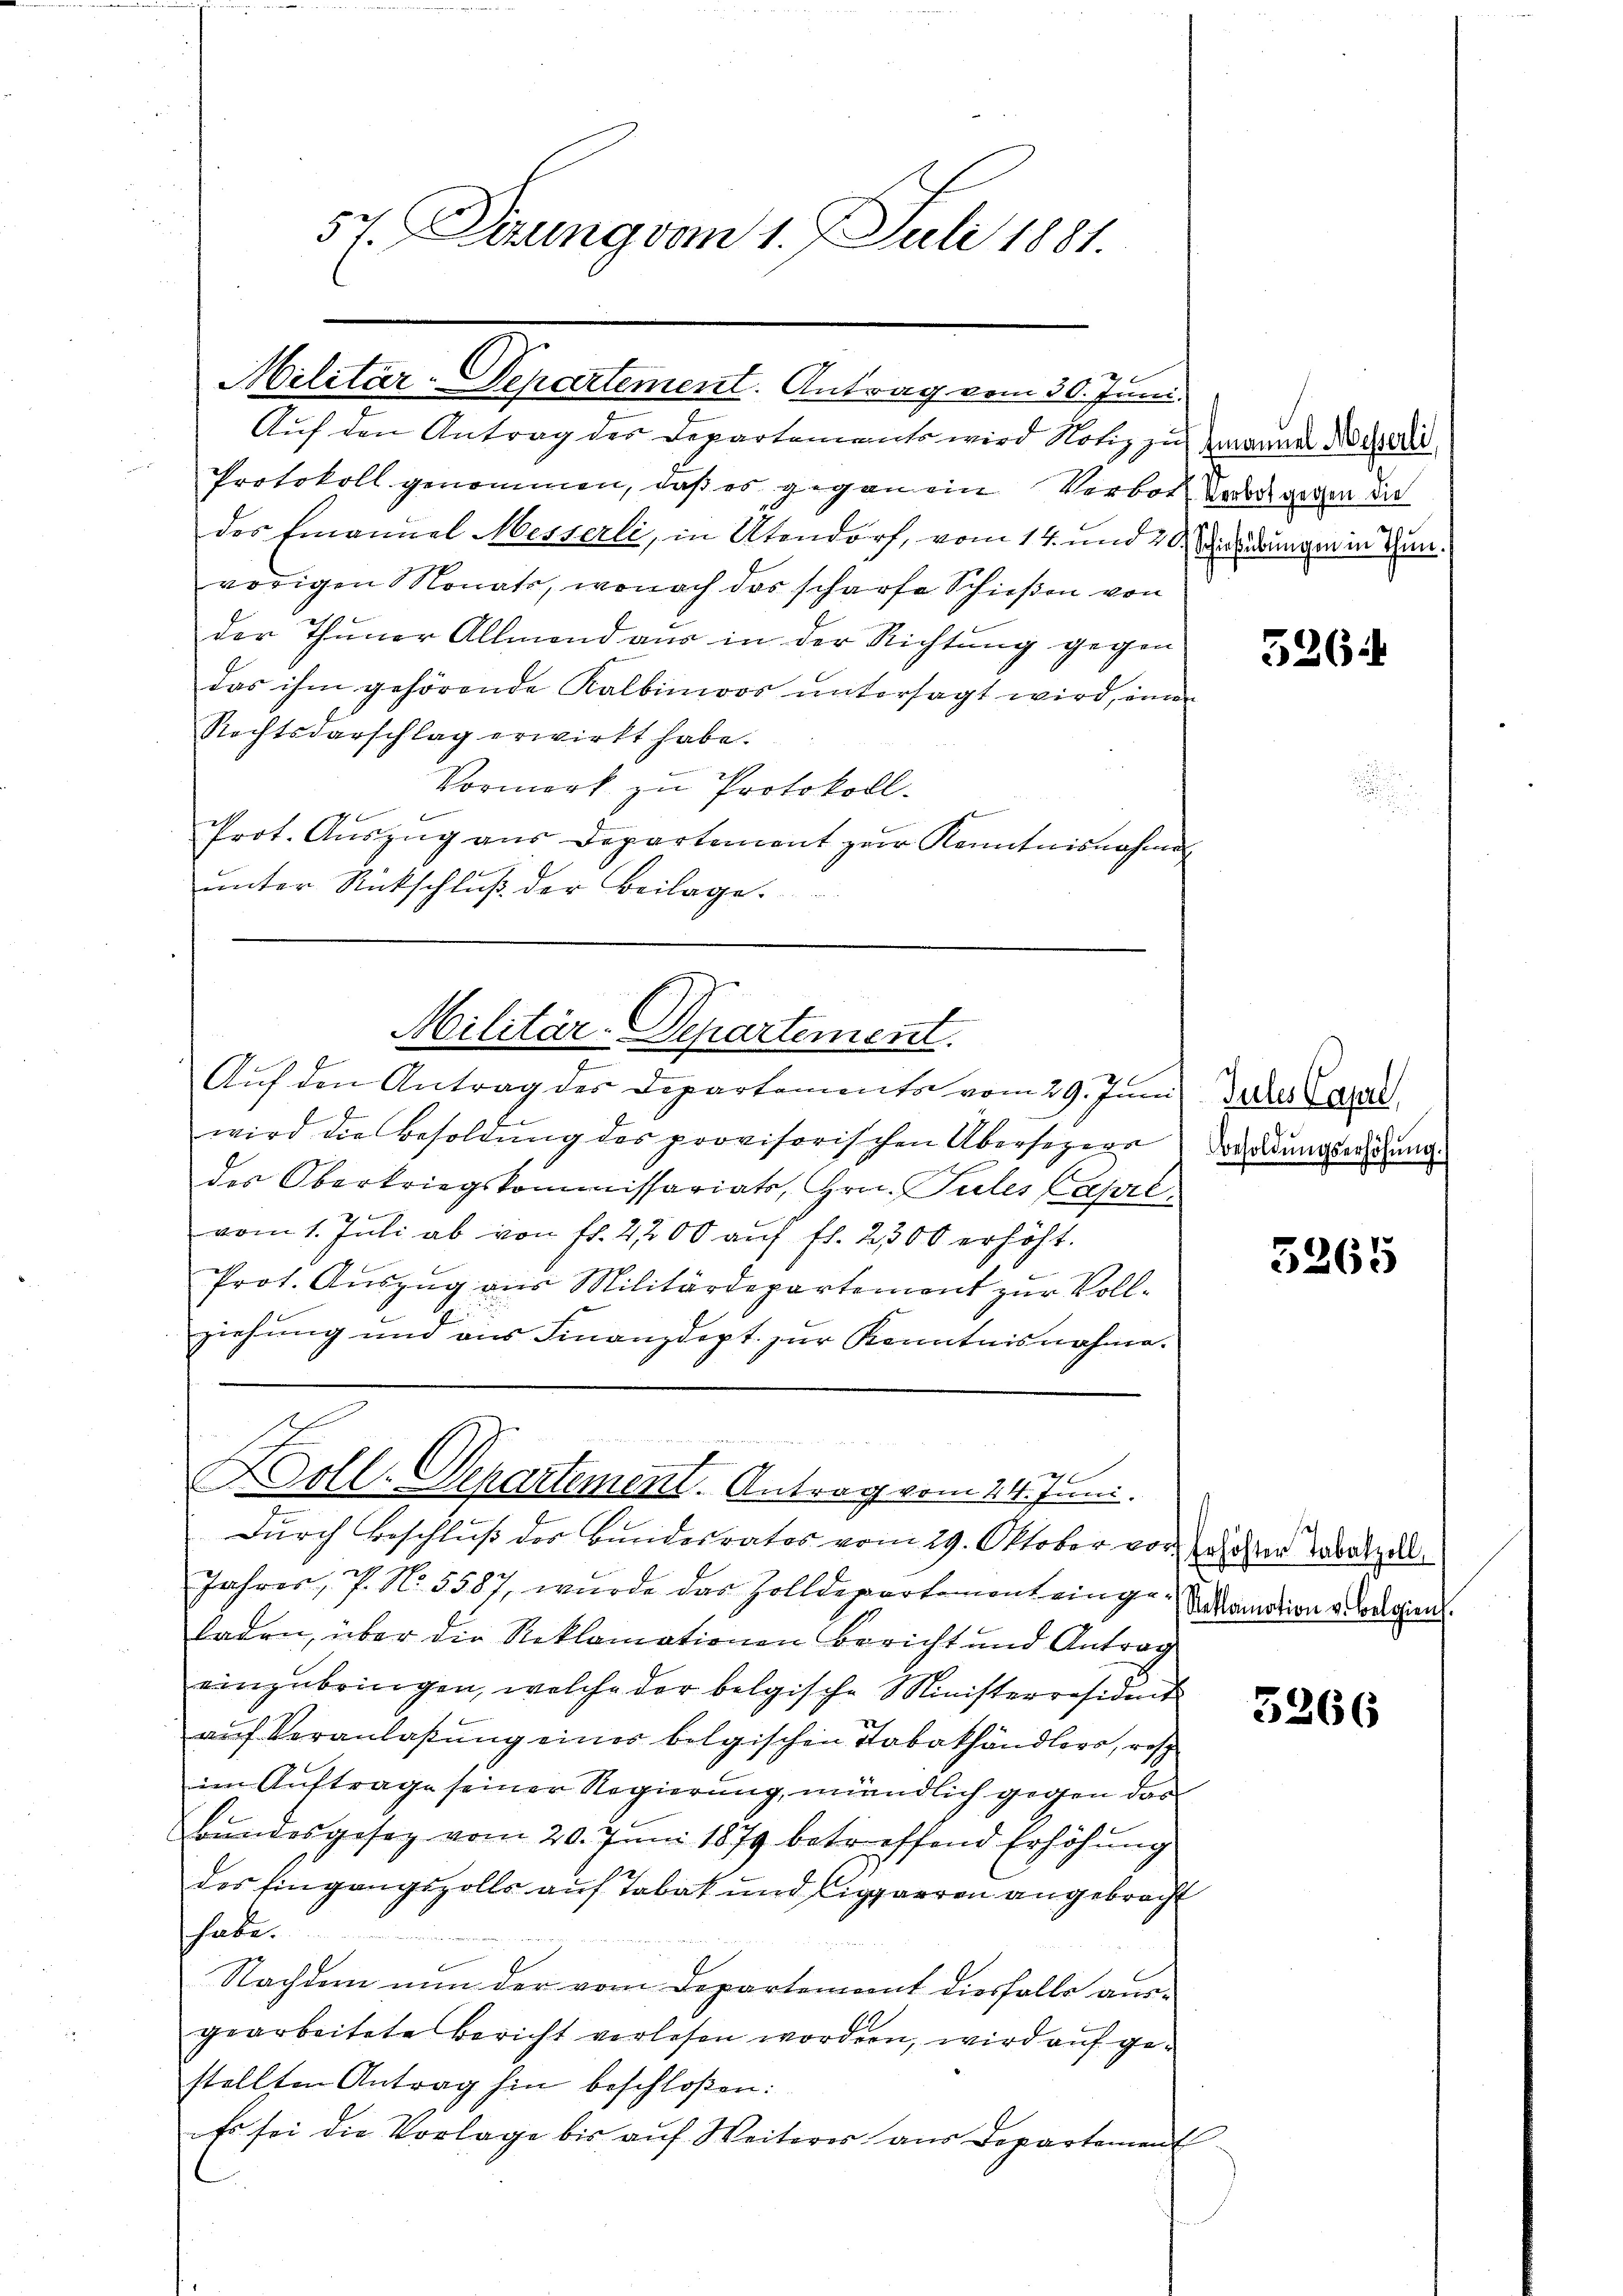
54 Jerung vom 1. Juli 1881.

Militär-Departement. Antrag vom 30. Juni.

Auf den Antrag des Departements wird Notiz zu manner Nieder
Protokoll genommen, daß es gegenein Verbot. So gegen die
des Emanuel Messerli, in Abendorf, vom 14. und 20. Wiederungen in Zunvorigen Monats, wonach das scharfe Schießen von
der Thuner Allmond aus in der Richtung gegen
das ihm gehörende Kalbimoos untersagt wird, imm
Rechtsdarschlag erwirkt habe.
Vormork zu Protokoll.
Prot. Auszug aus Departement zur Kenntnisnahme
unter Rückschluß der Beilage.

Militär-Departement.

27
Holl-Verartement. Antrag vom 24. Juni.

Auf den Antrag des Departements vom 29. Juni der Carl
wird die Besoldŭng des provisorischen Übersezerr
des Oberkriegskommissariats, Hrn. Pules Capri
vom 1. Juli ab von fl. 2,200 auf fl. 2300 erhöht.

Prot. Auszug aus Militärdepartement zur Voll-
ziehung und aus Finanzdept zur Kenntnisnahme.

Durch Beschluß der Bundesrates vom 29. Oktober vor hohen Tabakzel¬
Jahres, P. No. 5587, wurde das Zolldepartemont einge
laden, über die Reklamationen Bericht und Antrag
einzubringen, welche der belgische Ministerresiderit
auf Veranlaßung eines belgischen Tobakhändlers, resp
im Auftrage seiner Regierung, wiendlich gegen das
bundesgesez vom 20. Juni 1879 betreffend Erhöhung
des Eingangszolls auf Tabak und Cigarren angebracht
habe.
Nachdem nun der vom Departement diesfalls ausgearbeitete Bericht verlesen worden, wird auf gestellten Antrag hin beschloßen:
Es sei die Vorlage bis aŭf Weiteres aus Departement

526.

Besoldŭngserhöhŭng.

3265

Reklamation v. Belgien.

5266